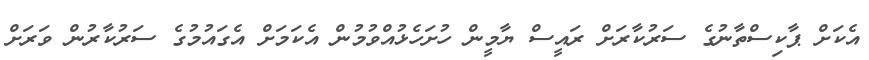
އެކަށް ޕާކިސްތާނުގެ ސަރުކާރަށް ރައީސް ޔާމީން ހުށަހެޅުއްވުމުން އެކަމަށް އެގައުމުގެ ސަރުކާރުން ވަރަށް